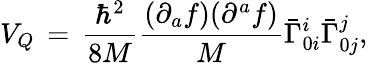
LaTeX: V_{Q}\, =\, \frac{{\hbar}^{2}}{8M}\frac{(\partial_{a}f)(\partial^{a}f)}{M}{\bar{\Gamma}}_{0i}^{i}{\bar{\Gamma}}_{0j}^{j},